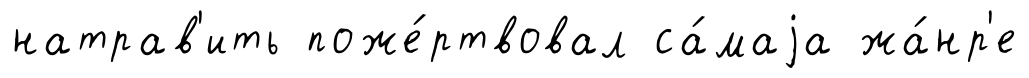
натрав'ить поже́ртвовал са́маjа жа́нр'е